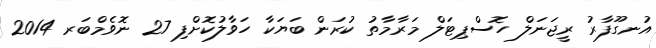
އުނގޫފާރު ރީޖަނަލް ހޮސްޕިޓަލް މަރާމާތު ކުރަން ބަޔަކާ ހަވާލުކޮށްފި 27 ނޮވެމްބަރ 2014